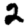
Digit: 2